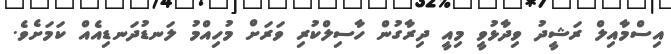
އިސްމާއިލް ރަޝީދު ވިދާޅުވީ މިއީ ދިރާގުން ހާސިލްކުރި ވަރަށް މުހިއްމު ލަނޑުދަނޑިއެއް ކަަމަށެވެ.